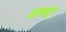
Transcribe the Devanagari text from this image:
कणॉ